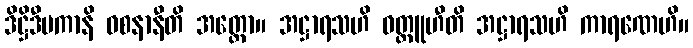
ဒိဋ္ဌိဒီပကာနိ ဝစနာနီတိ အတ္ထော။ အဋ္ဌာရသဟိ ဝတ္ထူဟီတိ အဋ္ဌာရသဟိ ကာရဏေဟိ။